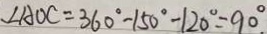
\angle A O C = 3 6 0 ^ { \circ } - 1 5 0 ^ { \circ } - 1 2 0 ^ { \circ } = 9 0 ^ { \circ }